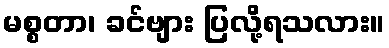
မစ္စတာ၊ ခင်ဗျား ပြလို့ရသလား။